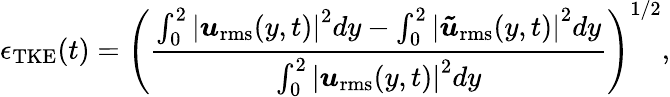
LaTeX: \epsilon_{\mathrm{TKE}}(t)=\left(\frac{\int_{0}^{2}\left|\boldsymbol{u}_{\mathrm{rms}}(y,t)\right|^{2}dy-\int_{0}^{2}\left|\boldsymbol{\tilde{u}}_{\mathrm{rms}}(y,t)\right|^{2}dy}{\int_{0}^{2}\left|\boldsymbol{u}_{\mathrm{rms}}(y,t)\right|^{2}dy}\right)^{1/2},